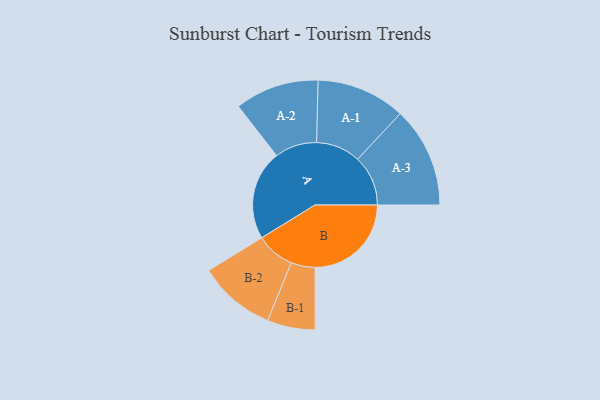
{"axis": {"x": "Segment", "y": "Value"}, "legend": ["", "A", "B"], "data": [{"x": "A", "y": 445, "type": ""}, {"x": "B", "y": 478, "type": ""}, {"x": "A-1", "y": 221, "type": "A"}, {"x": "A-2", "y": 209, "type": "A"}, {"x": "A-3", "y": 250, "type": "A"}, {"x": "B-1", "y": 119, "type": "B"}, {"x": "B-2", "y": 192, "type": "B"}]}